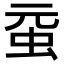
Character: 𧉗